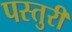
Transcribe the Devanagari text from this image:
पस्तुरी